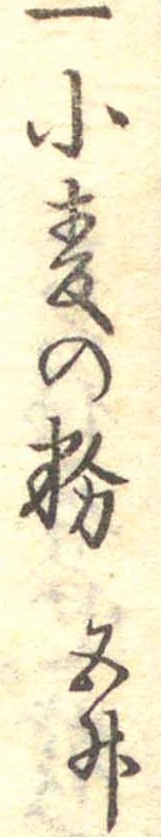
一小麦の粉五升